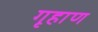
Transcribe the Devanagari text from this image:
गृहाण